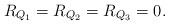
LaTeX: \begin{align*}R_{Q_1}=R_{Q_2}=R_{Q_3}=0 .\end{align*}